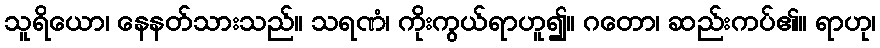
သူရိယော၊ နေနတ်သားသည်။ သရဏံ၊ ကိုးကွယ်ရာဟူ၍။ ဂတော၊ ဆည်းကပ်၏။ ရာဟု၊